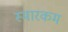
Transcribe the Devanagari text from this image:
स्मारकम